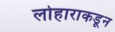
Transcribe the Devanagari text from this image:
लोहाराकडून